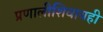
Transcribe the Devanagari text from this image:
प्रणालीशिवायही